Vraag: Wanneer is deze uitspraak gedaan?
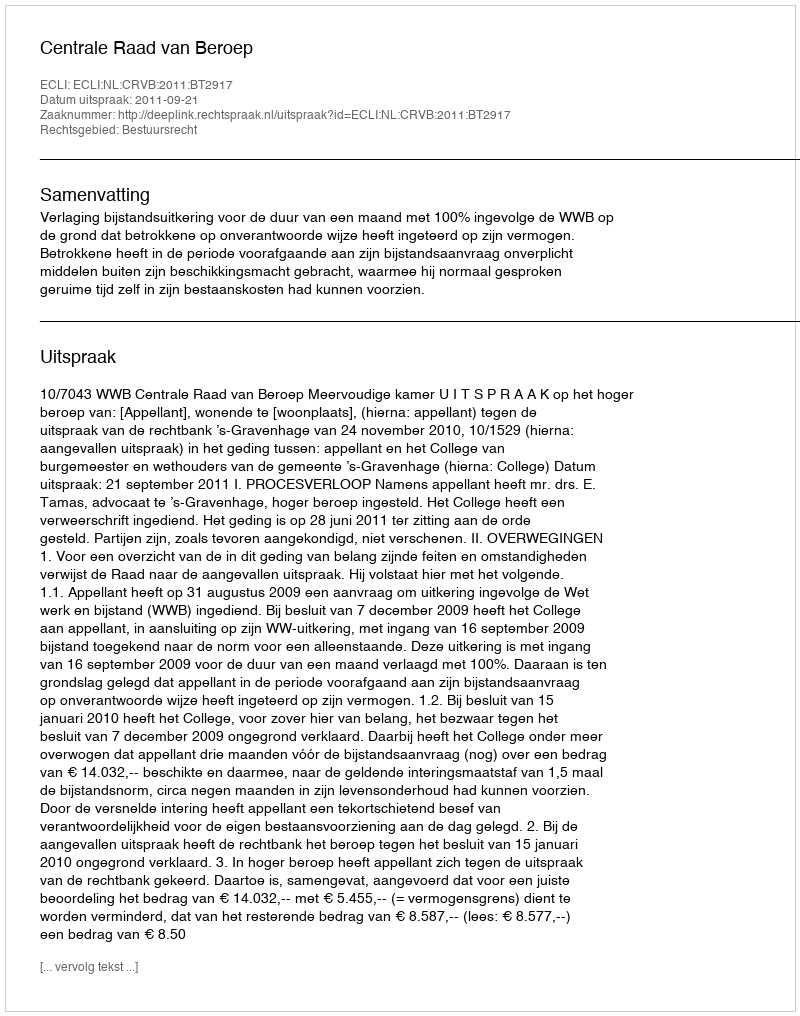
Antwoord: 2011-09-21